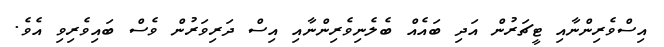
އިސްވެރިންނާއި ޓީޗަރުން އަދި ބައެއް ބެލެނިވެރިންނާއި އިސް ދަރިވަރުން ވެސް ބައިވެރިވި އެވެ.